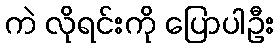
ကဲ လိုရင်းကို ပြောပါဦး